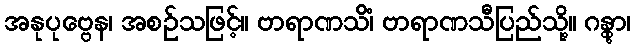
အနုပုဗ္ဗေန၊ အစဉ်သဖြင့်။ ဗာရာဏသိံ၊ ဗာရာဏသီပြည်သို့။ ဂန္တွာ၊